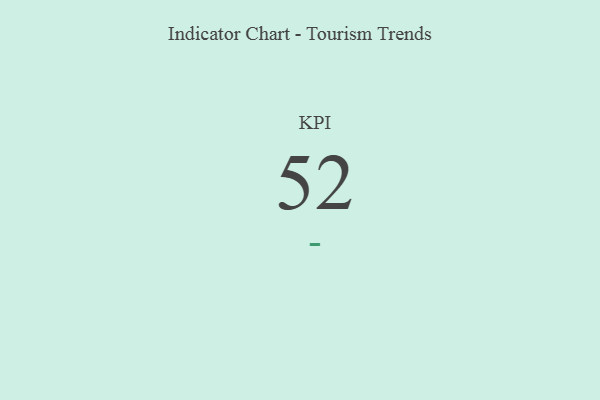
{"axis": {"x": "KPI", "y": "Value"}, "legend": [""], "data": [{"x": "KPI", "y": 52, "type": ""}]}